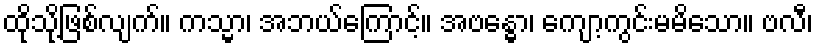
ထိုသို့ဖြစ်လျက်။ ကသ္မာ၊ အဘယ်ကြောင့်။ အဗန္ဓော၊ ကျော့ကွင်းမမိသော။ ဗလီ၊